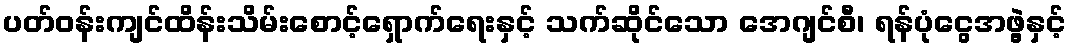
ပတ်ဝန်းကျင်ထိန်းသိမ်းစောင့်ရှောက်ရေးနှင့် သက်ဆိုင်သော အေဂျင်စီ၊ ရန်ပုံငွေအဖွဲ့နှင့်